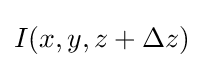
I(x,y,z+\Delta z)